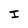
Character: I